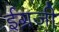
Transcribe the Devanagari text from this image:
ईग्रजी